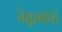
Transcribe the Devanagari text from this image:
नेतृत्त्वांनी